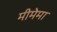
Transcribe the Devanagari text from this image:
मीमेमा